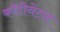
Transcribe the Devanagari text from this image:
कॉटीनेंटल